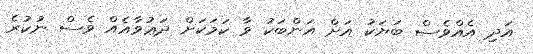
އަދި އެއްވެސް ބަޔަކު އަށް އަންބަކު ވާ ކަމަކަށް ދަޢުވާއެއް ވެސް ނުކުރެ